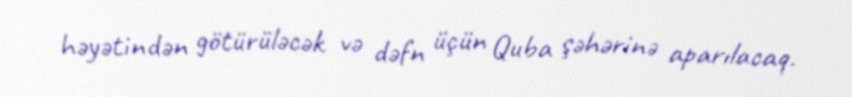
həyətindən götürüləcək və dəfn üçün Quba şəhərinə aparılacaq.